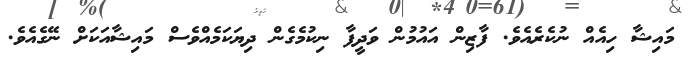
މައިޝާ ހިއެއް ނުކެރެއެވެ. ފާޒިން އައުމުން ވަދީފާ ނިކުމެގެން ދިޔަކަމެއްވެސް މައިޝާއަކަށް ނޭގެއެވެ.